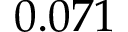
0 . 0 7 1